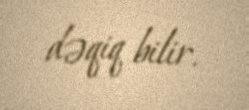
dəqiq bilir.